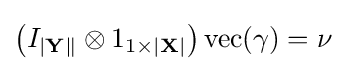
\left(I_{|\mathbf {Y} \|}\otimes 1_{1\times |\mathbf {X} |}\right)\operatorname {vec} (\gamma )=\nu